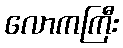
လောကကြီး